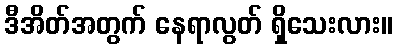
ဒီအိတ်အတွက် နေရာလွတ် ရှိသေးလား။